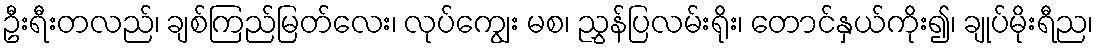
ဦးရီးတလည်၊ ချစ်ကြည်မြတ်လေး၊ လုပ်ကျွေး မစ၊ ညွှန်ပြလမ်းရိုး၊ တောင်နှယ်ကိုး၍၊ ချုပ်မိုးရီည၊